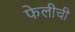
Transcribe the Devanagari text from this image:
फेलीची